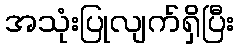
အသုံးပြုလျက်ရှိပြီး